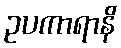
ဥပကာရာနိ